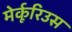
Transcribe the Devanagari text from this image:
मेर्कूरिउस